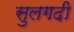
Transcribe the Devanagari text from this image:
सुलगदी